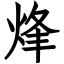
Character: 烽